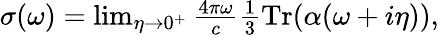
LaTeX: \begin{array}{r}{\sigma(\omega)=\operatorname*{lim}_{\eta\to 0^{+}}\frac{4\pi\omega}{c}\frac 13\mathrm{Tr}(\alpha(\omega+i\eta)),}\end{array}